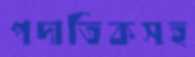
পদাতিকসহ